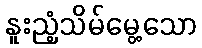
နူးညံ့သိမ်မွေ့သော